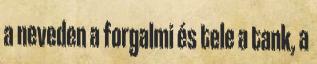
a neveden a forgalmi és tele a tank, a